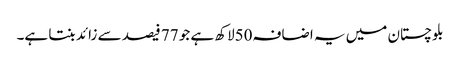
بلوچستان میں یہ اضافہ50لاکھ ہے جو 77 فیصد سے زائد بنتا ہے۔